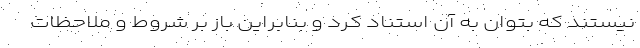
نیستند که بتوان به آن استناد کرد و بنابراین باز بر شروط و ملاحظات